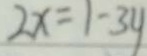
2 x = 1 - 3 y